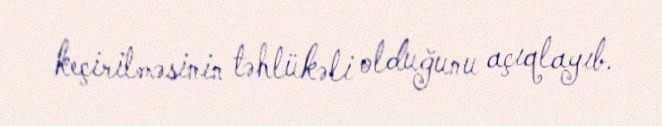
keçirilməsinin təhlükəli olduğunu açıqlayıb.